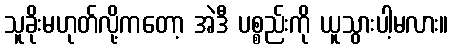
သူခိုးမဟုတ်လို့ကတော့ အဲဒီ ပစ္စည်းကို ယူသွားပါ့မလား။